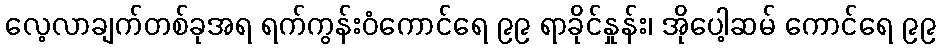
လေ့လာချက်တစ်ခုအရ ရက်ကွန်းဝံကောင်ရေ ၉၉ ရာခိုင်နှုန်း၊ အိုပေါ့ဆမ် ကောင်ရေ ၉၉